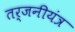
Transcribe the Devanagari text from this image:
तर्जनीयंत्र